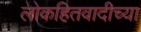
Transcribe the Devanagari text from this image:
लोकहितवादीच्या